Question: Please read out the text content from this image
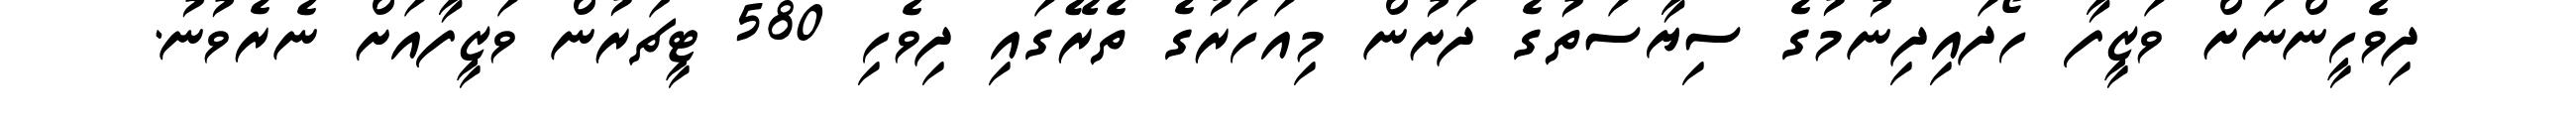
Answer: ދިވެހީންނަށް ވަޒީފާ ހޯދައިދިނުމުގެ ސިޔާސަތުގެ ދަށުން މިއަހަރުގެ ތެރޭގައި ދިވެހި 580 ޓީޗަރުން ވަޒީފާއަށް ނެރެވުނު.